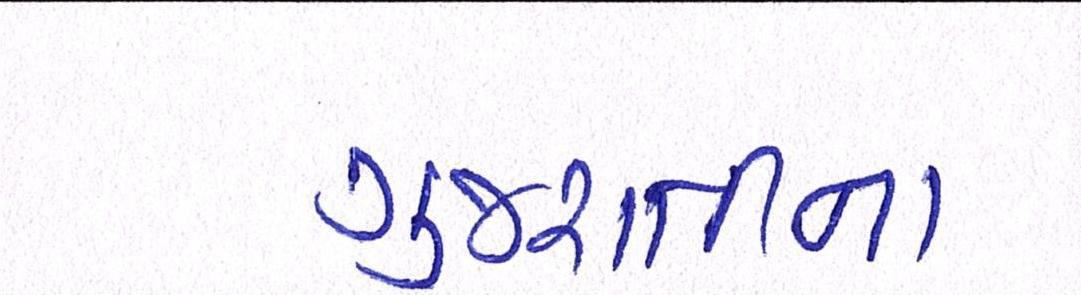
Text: ગુજરાતીના